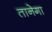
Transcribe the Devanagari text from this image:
तानेगा